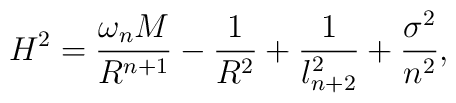
H^2 = \frac{\omega_n M}{R^{n+1}} -\frac{1}{R^2}+\frac{1}{l_{n+2}^2} +\frac{\sigma^2}{n^2},